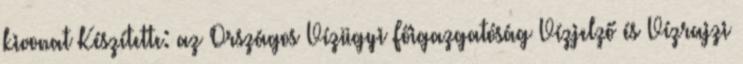
kivonat Készítette: az Országos Vízügyi Főigazgatóság Vízjelző és Vízrajzi